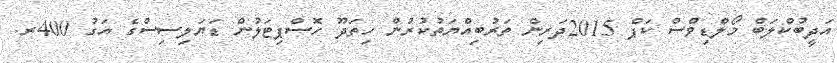
އަދީބުކްލަބް މޯލްޑިވްސް ކަޕް 2015ދަރިން ތަރުބިއްޔަތުކުރުން ހިތަދޫ ހޮސްޕިޓަލުން ޑަޔަލިސިސްގެ އަގު 400ރ.